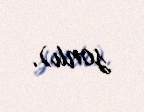
sonu).